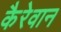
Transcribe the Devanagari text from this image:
कैरेवान